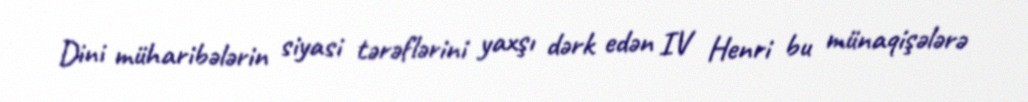
Dini müharibələrin siyasi tərəflərini yaxşı dərk edən IV Henri bu münaqişələrə